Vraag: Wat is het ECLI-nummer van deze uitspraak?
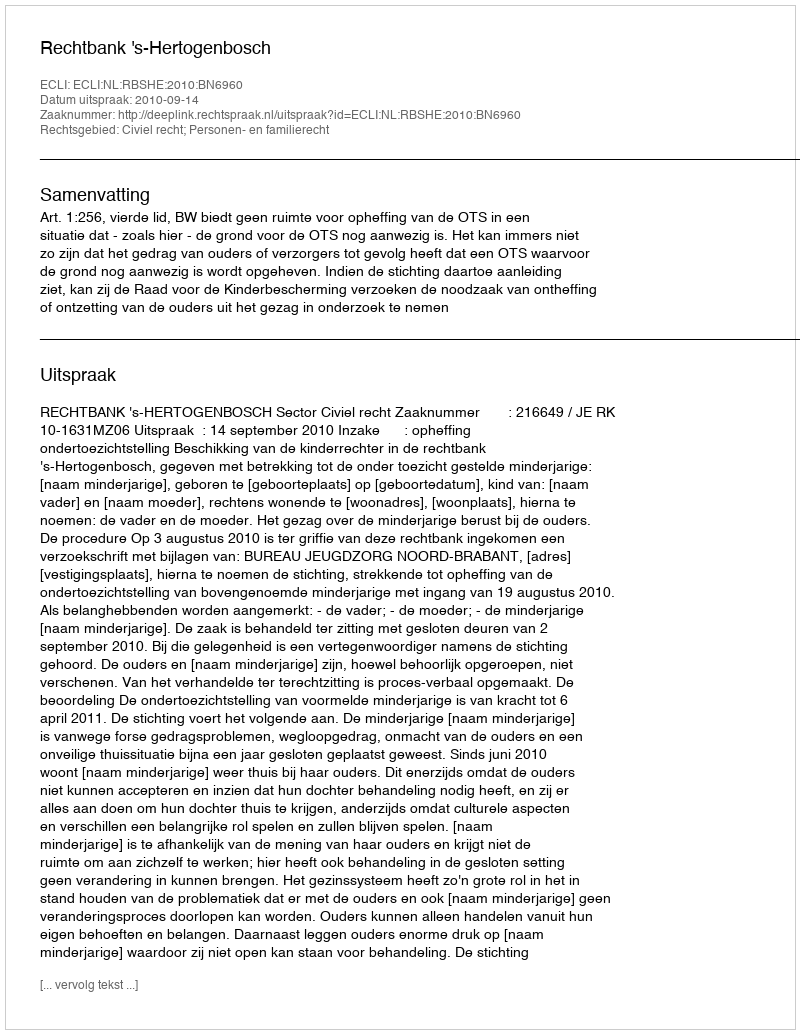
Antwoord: ECLI:NL:RBSHE:2010:BN6960